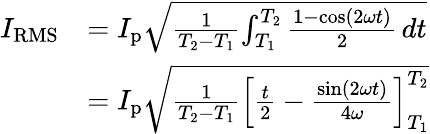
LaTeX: {\begin{array}{rl}{I_{\mathrm{RMS}}}&{=I_{\mathrm{p}}{\sqrt{{\frac{1}{T_{2}-T_{1}}}{\int_{T_{1}}^{T_{2}}{\frac{1-\cos(2\omega t)}{2}}\, dt}}}}\\ &{=I_{\mathrm{p}}{\sqrt{{\frac{1}{T_{2}-T_{1}}}\left[{\frac{t}{2}}-{\frac{\sin(2\omega t)}{4\omega}}\right]_{T_{1}}^{T_{2}}}}}\end{array}}